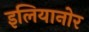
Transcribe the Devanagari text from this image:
इलियानोर